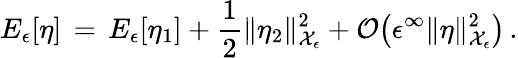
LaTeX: E_{\epsilon}[\eta]\, =\, E_{\epsilon}[\eta_{1}]+\frac 12\| \eta_{2}\| _{\mathcal{X}_{\epsilon}}^{2}+\mathcal{O}\bigl(\epsilon^{\infty}\| \eta\| _{\mathcal{X}_{\epsilon}}^{2}\bigr)\, .